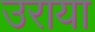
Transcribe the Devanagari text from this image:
उराया